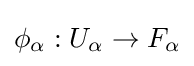
\phi _{\alpha }:U_{\alpha }\to F_{\alpha }